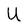
Character: U